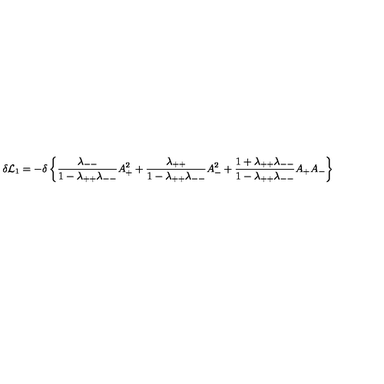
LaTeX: \delta { \cal L } _ { 1 } = - \delta \left\{ { \frac { \lambda _ { -- } } { 1 - \lambda _ { + + } \lambda _ { -- } } } A _ { + } ^ { 2 } + { \frac { \lambda _ { + + } } { 1 - \lambda _ { + + } \lambda _ { -- } } } A _ { - } ^ { 2 } + { \frac { 1 + \lambda _ { + + } \lambda _ { -- } } { 1 - \lambda _ { + + } \lambda _ { -- } } } A _ { + } A _ { - } \right\}